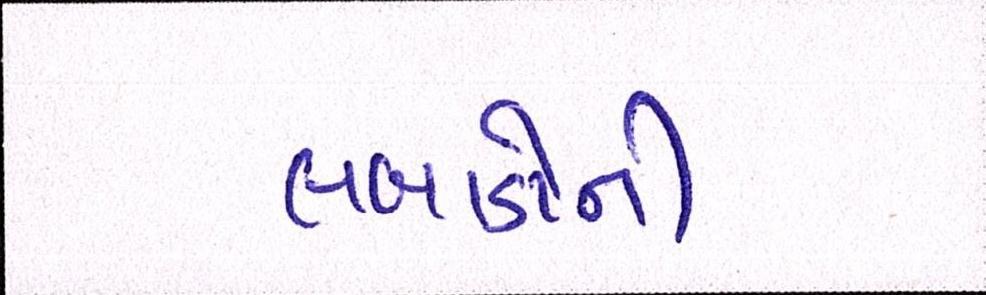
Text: લબાડોની